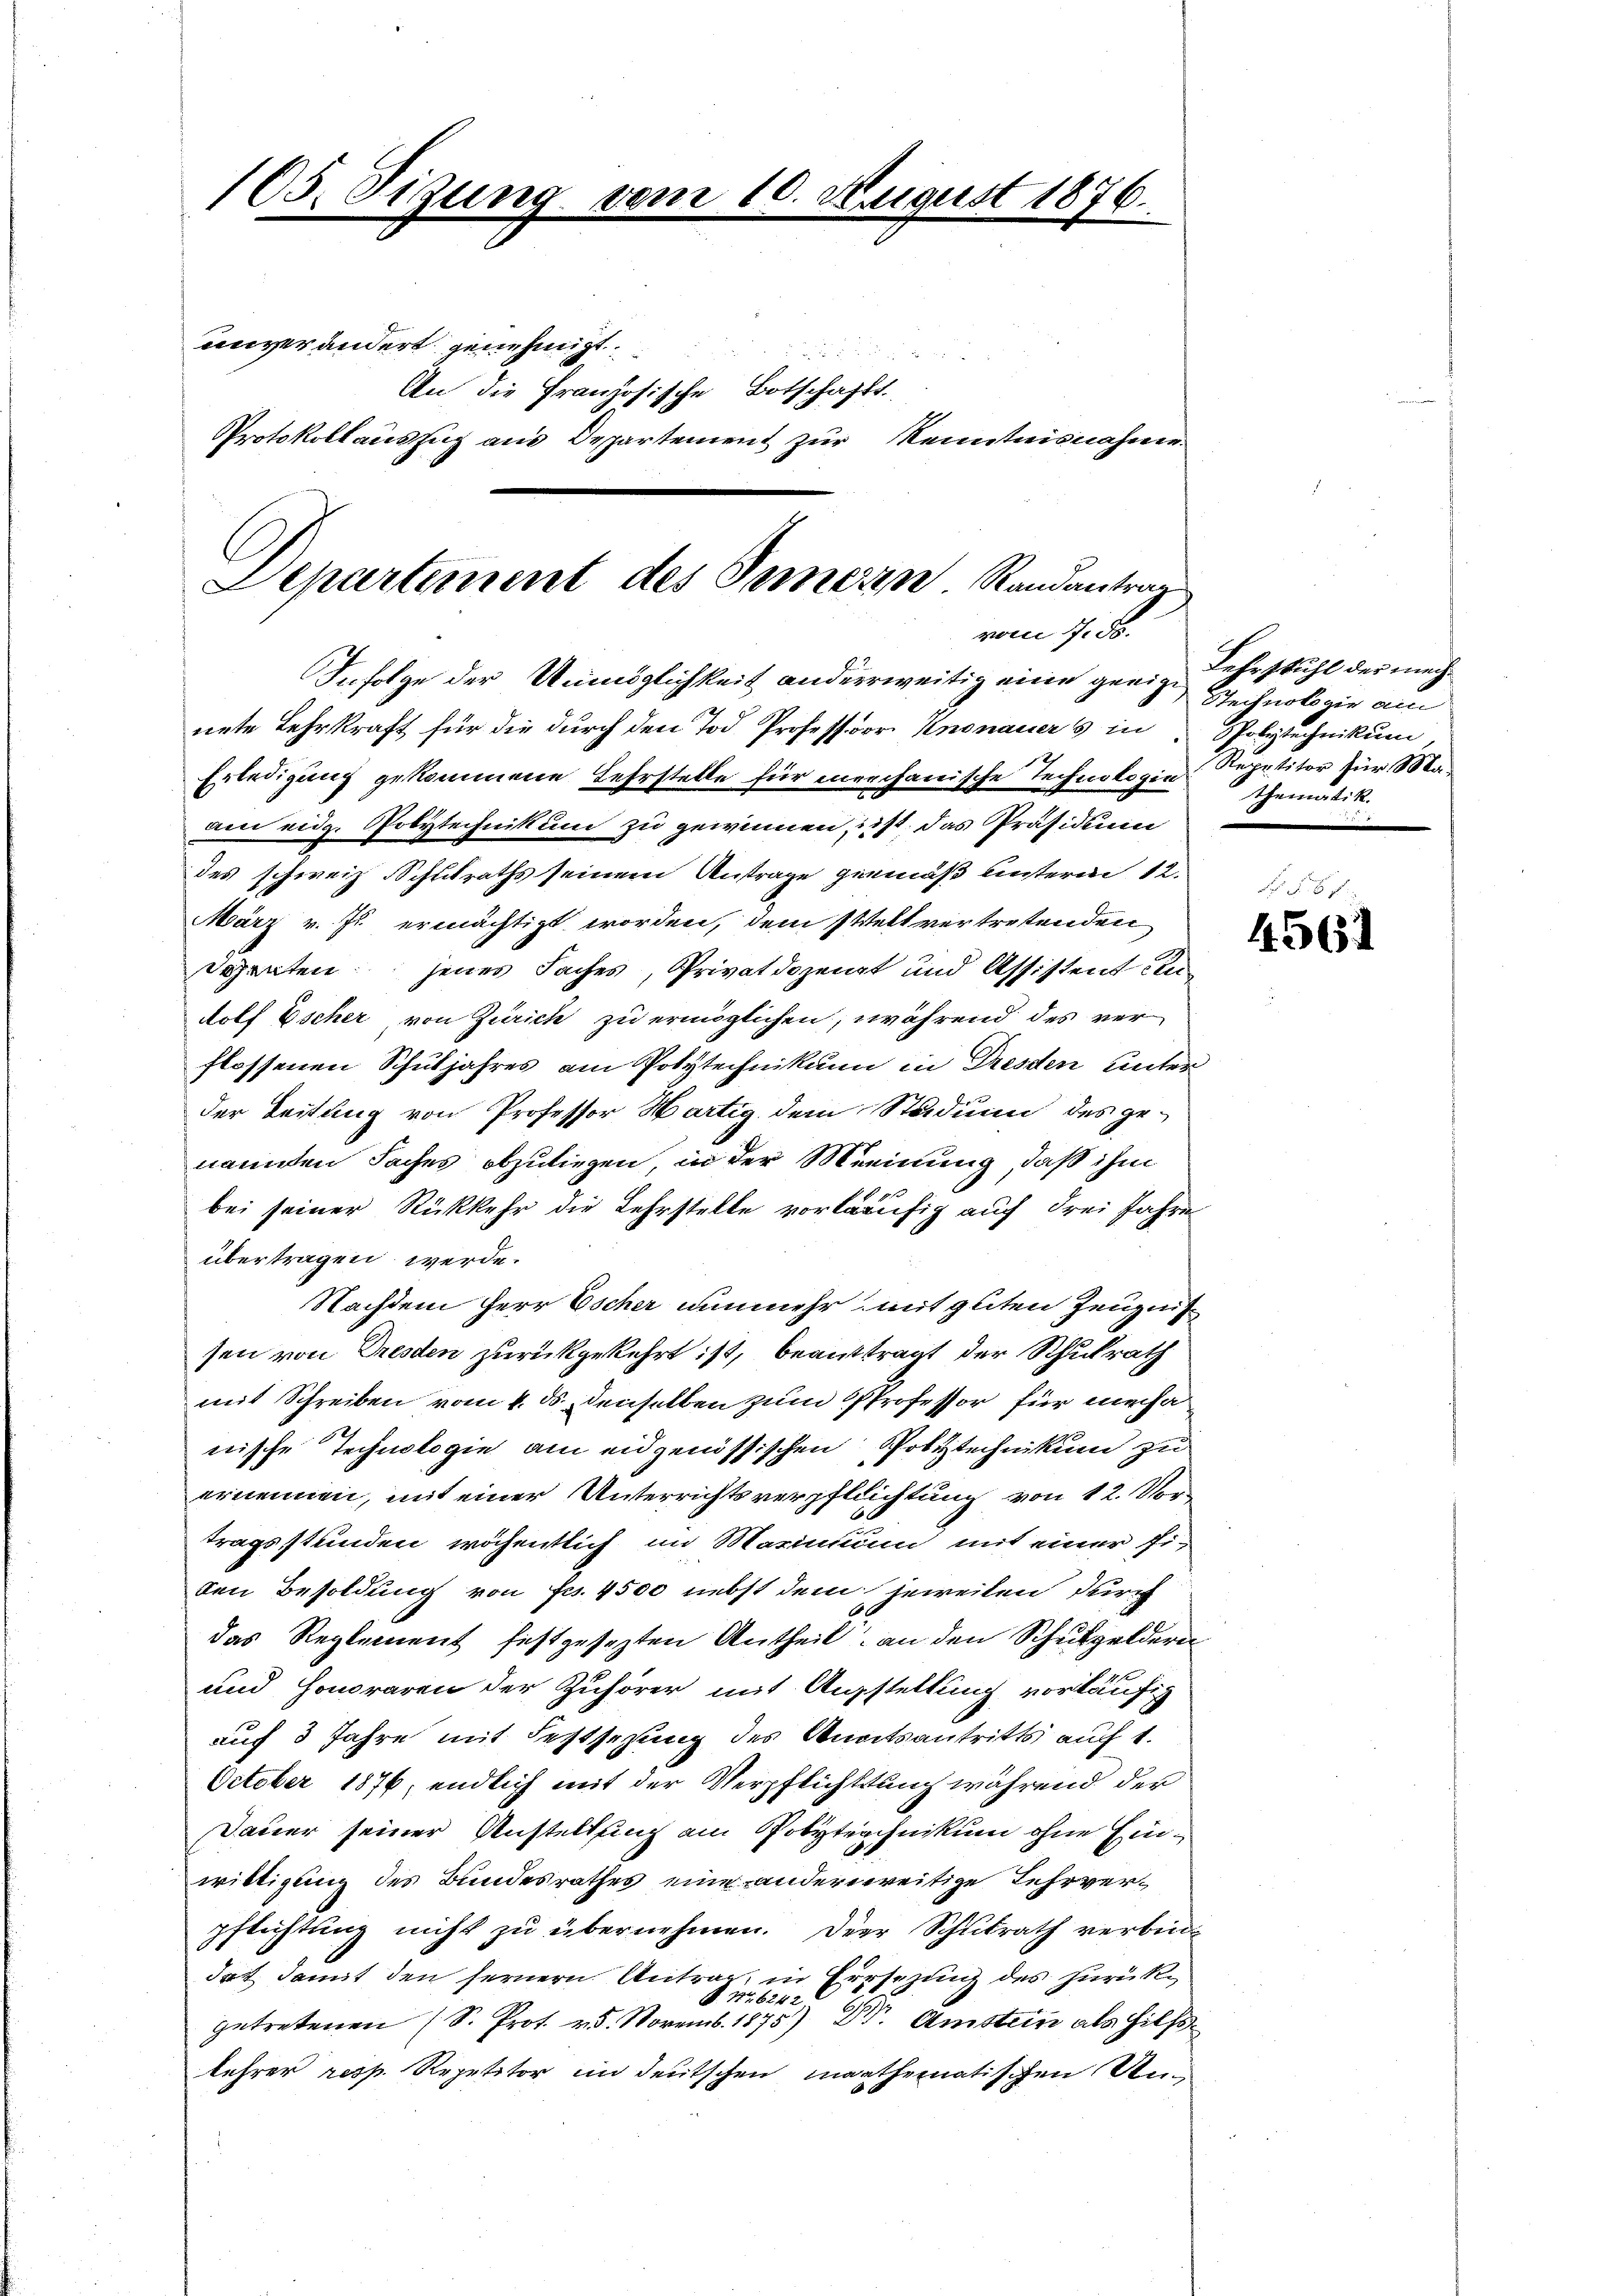
105. Sitzung vom 10. August 1876.
unverändert genehmigt.
515
An die Französische Botschafft.
Protokollauszug aus Departement zur Kenntnisnahme

Infolge der Unmöglichkeit anderweitig eine geeige Lehrstuhl der mach
nete Lehrkraft für die durch den Tod Professor Knonauers in Polytechnikum,
Erledigung gekommene Lehrstelle für mechanische Technologie Repetitor für Maden eidg. Polytechnikum zu gewinnen, ist das Präsidium
des schweiz Schulraths seinem Antrage gemäß hinterm 12.
März v. Js. ermächtigt worden, dem Welt vertretenden
dozenten jenes Faches, Privatdozent und Assisten Andolf Escher von Zürich zu ermöglichen, während des verflossenen Schuljahres am Polytechnikum in Dresden unter
der Leitung von Professor Wartig dem Studin des genannten Faches abzuliegen, in der Meinung, daß ihm
bei seiner Rückkehr die Lehrstelle vorläufig auch drei Jahre
übertragen werde.
Nachdem Herr Escher nunmehr mit guten Zeugnis
sen von Dresden zurückgekehrt ist, beanttragt der Schulrath
mit Schreiben vom 4. ds. denselben zum Professor für mechanische Technologie am eidgenössischen Polytechnikum zu
ernennen, mit einer Unterrichtsverpfllichtung von 12. Vortragsstunden wöchentlich im Marinium mit einer Fiden Besoldung von Fr. 4500 nebst dem jeweilen durch
das Reglement festgesezten Antheil an den Schulgeldern
und Honoraren der Zuhörer mit Augstellung vorläufig
auf 3 Jahre mit Festsezung des Anatsantritts auf 1.
October 1876, endlich mit der Verpflichtung während der
Dauer seiner Anstellung am Polytechnikum ohne Einwilligung des Bundesrathes eine anderweitige Lehrverpflichtung nicht zu übernehmen. Der Schulrath verbindort damit den fernern Antrag in Ersetzung des zurück¬
R. No. 6242
getretenen (S. Prot. 25. Novemb. 1875) Dr. Amstein als Hilfs
lehrer resp. Repetitor in deutschen maathematischen Un¬

Departement des Simern Randantrag
vom 7. 56.

Stechnologie am
thematik.

No § 67.
4561